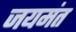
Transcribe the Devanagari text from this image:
जयमंत